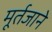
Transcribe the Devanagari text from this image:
मूर्तजाने